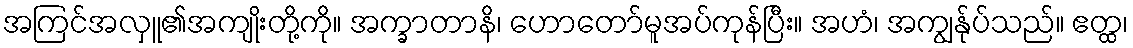
အကြင်အလှူ၏အကျိုးတို့ကို။ အက္ခာတာနိ၊ ဟောတော်မူအပ်ကုန်ပြီး။ အဟံ၊ အကျွန်ုပ်သည်။ ဧတ္ထ၊